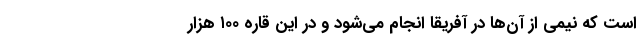
است که نیمی از آن‌ها در آفریقا انجام می‌شود و در این قاره ۱۰۰ هزار